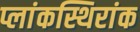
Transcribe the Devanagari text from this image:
प्लांकस्थिरांक